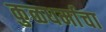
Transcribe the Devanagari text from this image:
कुळधर्माचा